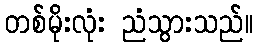
တစ်မိုးလုံး ညံသွားသည်။